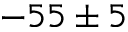
- 5 5 \pm 5